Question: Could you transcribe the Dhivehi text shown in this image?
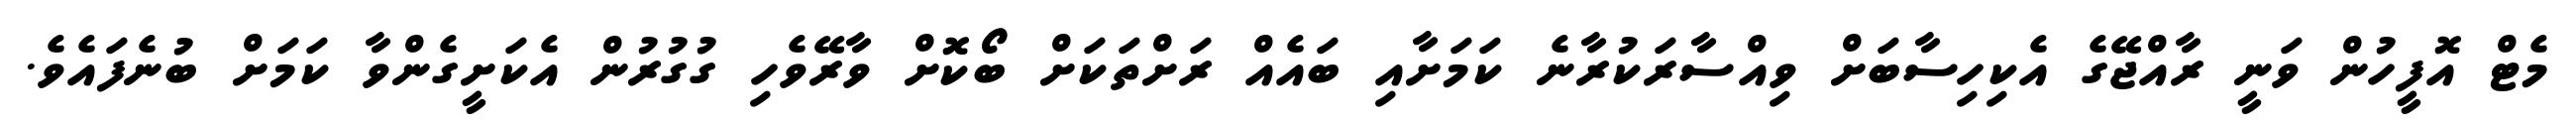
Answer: މެޓް އޮފީހުން ވަނީ ރާއްޖޭގެ އެކިހިސާބަށް ވިއްސާރަކުރާނެ ކަމަށާއި ބައެއް ރަށްތަކަށް ބޯކޮށް ވާރޭވެހި ގުގުރުން އެކަށީގެންވާ ކަމަށް ބުނެފައެވެ.